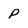
Character: P